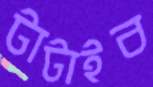
টাটাইব